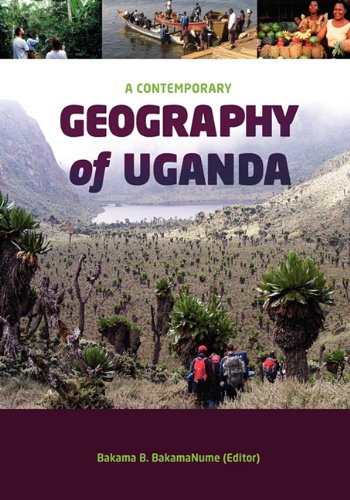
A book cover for A Contemporary Geography of Uganda; Travel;